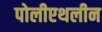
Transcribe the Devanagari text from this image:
पोलीएथलीन